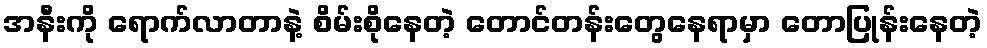
အနီးကို ရောက်လာတာနဲ့ စိမ်းစိုနေတဲ့ တောင်တန်းတွေနေရာမှာ တောပြုန်းနေတဲ့